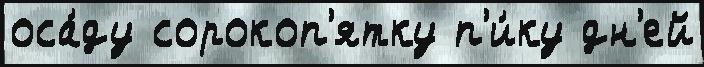
оса́ду сорокоп'ятку п'и́ку дн'ей